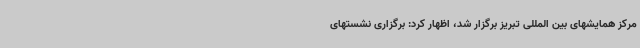
مرکز همایشهای بین المللی تبریز برگزار شد، اظهار کرد: برگزاری نشستهای